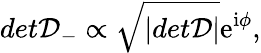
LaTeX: det{\cal D}_{-}\propto\sqrt{|det{\cal D}|}\mathrm{e}^{\mathrm{i}\phi},